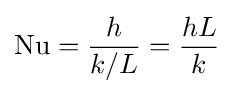
\mathrm {Nu} ={\frac {h}{k/L}}={\frac {hL}{k}}